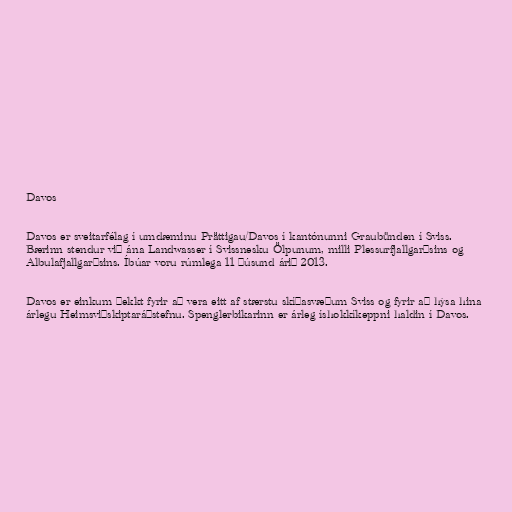
Davos

Davos er sveitarfélag í umdæminu Prättigau/Davos í kantónunni Graubünden í Sviss.
Bærinn stendur við ána Landwasser í Svissnesku Ölpunum, milli Plessurfjallgarðsins og
Albulafjallgarðsins. Íbúar voru rúmlega 11 þúsund árið 2013.

Davos er einkum þekkt fyrir að vera eitt af stærstu skíðasvæðum Sviss og fyrir að hýsa hina
árlegu Heimsviðskiptaráðstefnu. Spenglerbikarinn er árleg íshokkíkeppni haldin í Davos.